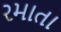
રમાતા